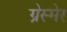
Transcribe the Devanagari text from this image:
ग्रेस्मेर